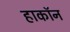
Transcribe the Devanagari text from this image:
हाकॉन